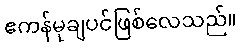
ဧကန်မုချပင်ဖြစ်လေသည်။